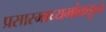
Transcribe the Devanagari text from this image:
प्रसारमाध्यमांकडून